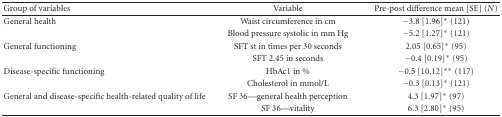
| Group of variables | Variable | Pre-post difference mean [SE] (N) |
 | --- | --- | --- |
 | General health | Waist circumference in cm | −3.8 [1.96]* (121) |
 |  | Blood pressure systolic in mm Hg | −5.2 [1.27]* (121) |
 | General functioning | SFT st in times per 30 seconds | 2.05 [0.65]* (95) |
 |  | SFT 2.45 in seconds | −0.4 [0.19]* (95) |
 | Disease-specific functioning | HbAc1 in % | −0.5 [10.12]** (117) |
 |  | Cholesterol in mmol/L | −0.3 [0.13]* (121) |
 | General and disease-specific health-related quality of life | SF 36—general health perception | 4.3 [1.97]* (97) |
 |  | SF 36—vitality | 6.3 [2.80]* (95) |